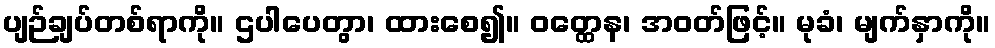
ပျဉ်ချပ်တစ်ရာကို။ ဌပါပေတွာ၊ ထားစေ၍။ ဝတ္ထေန၊ အဝတ်ဖြင့်။ မုခံ၊ မျက်နှာကို။